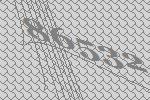
86532